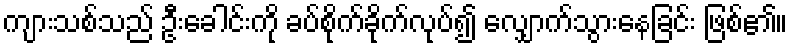
ကျားသစ်သည် ဦးခေါင်းကို ခပ်စိုက်ခိုက်လုပ်၍ လျှောက်သွားနေခြင်း ဖြစ်၏။